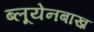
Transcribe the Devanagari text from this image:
ब्लूयेनबाख़